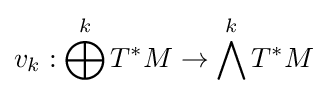
v_{k}:\bigoplus ^{k}T^{*}M\to \bigwedge ^{k}T^{*}M